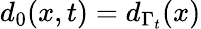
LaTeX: d_{0}(x,t)=d_{\Gamma_{t}}(x)